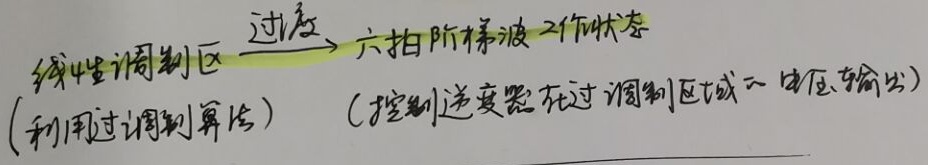
线性调制区 \(\xrightarrow{\text{过渡}}\) 六拍阶梯波工作状态(利用过调制算法)  (控制逆变器在过调制区域的电压输出)